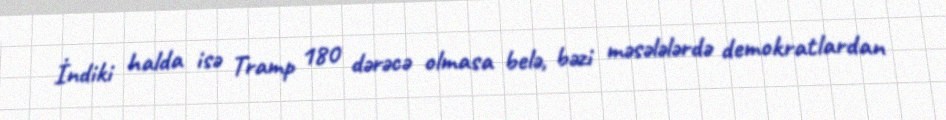
İndiki halda isə Tramp 180 dərəcə olmasa belə, bəzi məsələlərdə demokratlardan